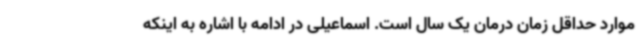
موارد حداقل زمان درمان یک سال است. اسماعیلی در ادامه با اشاره به اینکه